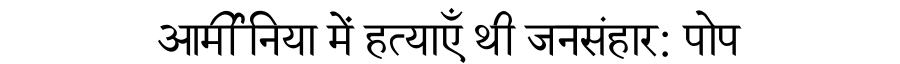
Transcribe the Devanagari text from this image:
आर्मीनिया में हत्याएँ थी जनसंहार: पोप